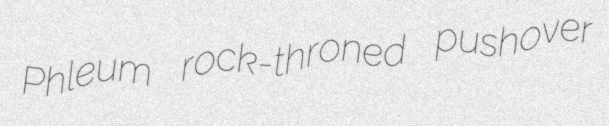
Phleum rock-throned pushover